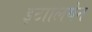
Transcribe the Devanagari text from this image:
इटालियेन